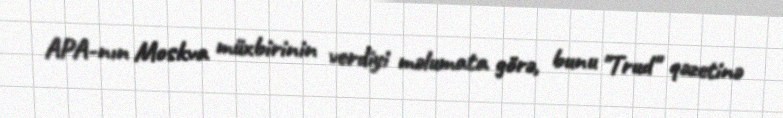
APA-nın Moskva müxbirinin verdiyi məlumata görə, bunu "Trud" qəzetinə